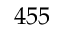
4 5 5